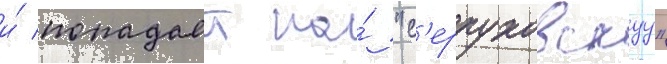
и́ попадает на́ "с'ерпуховскуу"